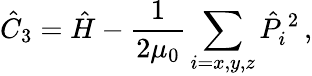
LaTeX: {\hat{C}}_{3}=\hat{H}-\frac{1}{2\mu_{0}}\sum_{i=x,y,z}{\hat{P}}_{i}^{\, 2}\, ,